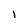
Character: I